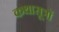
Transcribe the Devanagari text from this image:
कथासूत्रों